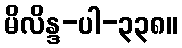
မိလိန္ဒ-ပါ-၃၃၈။